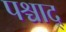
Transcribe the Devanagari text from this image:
पश्चाद्